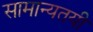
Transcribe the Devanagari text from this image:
सामान्यतयी